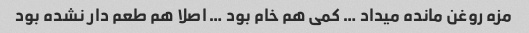
مزه روغن مانده میداد … کمی هم خام بود … اصلا هم طعم دار نشده بود